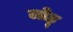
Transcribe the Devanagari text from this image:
लोहू